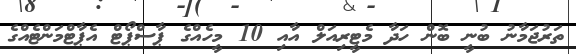
ތަރުޖަމާނު ބުނީ ބޮން ހަދާ މެޓީރިއަލް އާއި 10 މީހެއްގެ ޕާސްޕޯޓް އެޕާޓްމަންޓެއްގެ